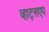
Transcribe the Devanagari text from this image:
व्हाट्सएप